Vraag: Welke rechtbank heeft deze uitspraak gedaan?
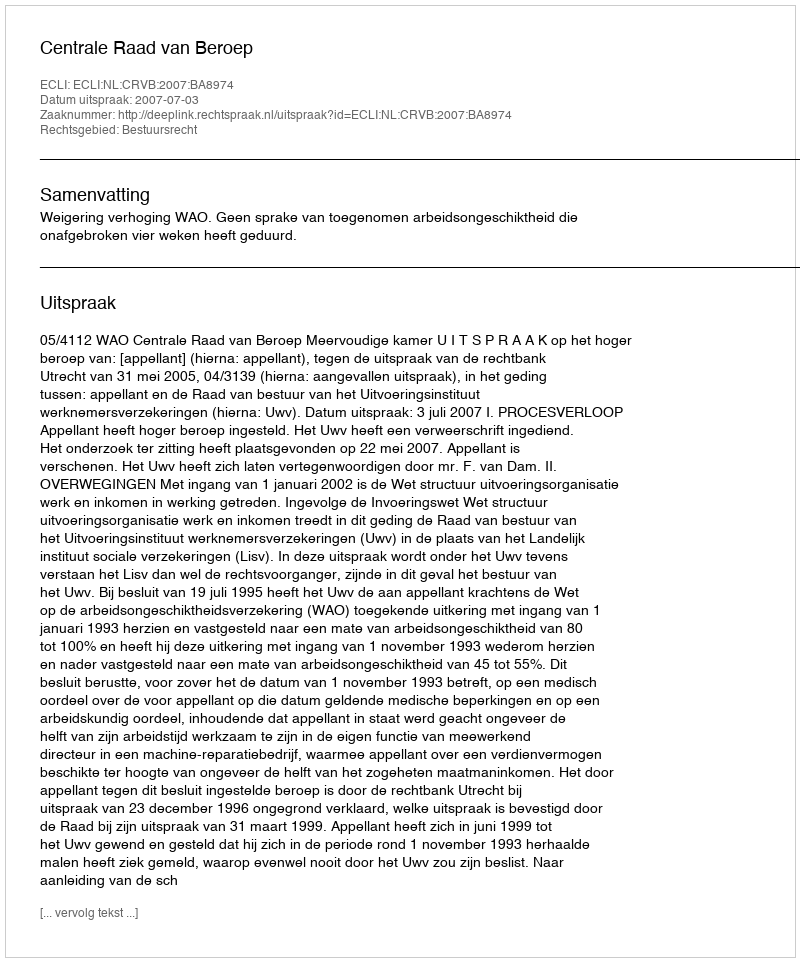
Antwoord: Centrale Raad van Beroep